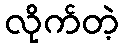
လိုက်တဲ့